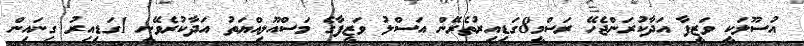
އުސޫލަކީ ވަޒީފާ އަދާކުރަންޖެހޭ ރަސްމީ8ގަޑިއިރުތެރޭން އަސްލު ވަޒީފާގެ މަސްއޫލިއްޔަތު އަދާކުރެވޭނީ 1ގަޑިއިރު ގިނައިން